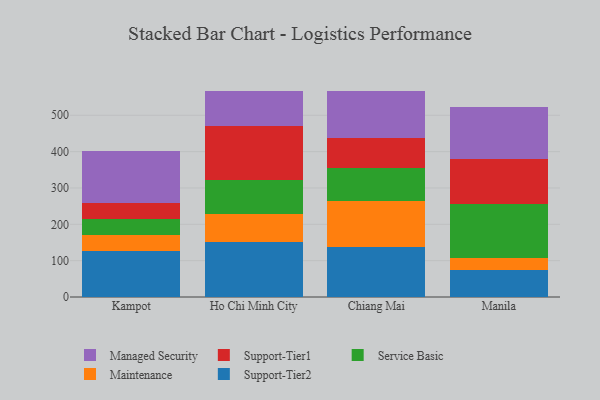
{"axis": {"x": "City", "y": "Bounce Rate (%)"}, "legend": ["Maintenance", "Managed Security", "Service Basic", "Support-Tier1", "Support-Tier2"], "data": [{"x": "Kampot", "y": 125.7, "type": "Support-Tier2"}, {"x": "Kampot", "y": 45.0, "type": "Maintenance"}, {"x": "Kampot", "y": 44.2, "type": "Service Basic"}, {"x": "Kampot", "y": 44.2, "type": "Support-Tier1"}, {"x": "Kampot", "y": 142.4, "type": "Managed Security"}, {"x": "Ho Chi Minh City", "y": 151.7, "type": "Support-Tier2"}, {"x": "Ho Chi Minh City", "y": 75.8, "type": "Maintenance"}, {"x": "Ho Chi Minh City", "y": 94.3, "type": "Service Basic"}, {"x": "Ho Chi Minh City", "y": 148.6, "type": "Support-Tier1"}, {"x": "Ho Chi Minh City", "y": 96.8, "type": "Managed Security"}, {"x": "Chiang Mai", "y": 138.0, "type": "Support-Tier2"}, {"x": "Chiang Mai", "y": 125.8, "type": "Maintenance"}, {"x": "Chiang Mai", "y": 91.7, "type": "Service Basic"}, {"x": "Chiang Mai", "y": 81.4, "type": "Support-Tier1"}, {"x": "Chiang Mai", "y": 129.6, "type": "Managed Security"}, {"x": "Manila", "y": 73.7, "type": "Support-Tier2"}, {"x": "Manila", "y": 34.5, "type": "Maintenance"}, {"x": "Manila", "y": 148.8, "type": "Service Basic"}, {"x": "Manila", "y": 123.7, "type": "Support-Tier1"}, {"x": "Manila", "y": 142.6, "type": "Managed Security"}]}